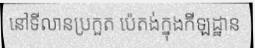
នៅទីលានប្រកួត ប៉េតង់ក្នុងកីឡដ្ឋាន